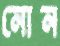
নোন